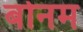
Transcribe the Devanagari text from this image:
बोनम